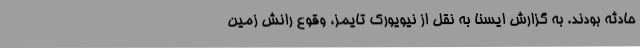
حادثه بودند. به گزارش ایسنا به نقل از نیویورک تایمز، وقوع رانش زمین